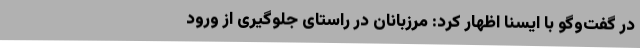
در گفت‌وگو با ایسنا اظهار کرد: مرزبانان در راستای جلوگیری از ورود